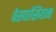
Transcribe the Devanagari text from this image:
वेस्पासियन